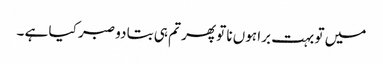
میں تو بہت برا ہوں نا تو پھر تم ہی بتا دو صبر کیا ہے ۔